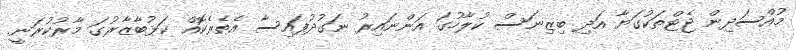
މުއްސަދިން ޖެޓްތަކުގަޔާ އަދި ބިޒިނަސް ކުލާހުގަ އަންނައިރު ނަގުދުފައިސާ އެތެރެކޮއް ކަޅުބާޒާރުގަ މާރުކުރަނީ.